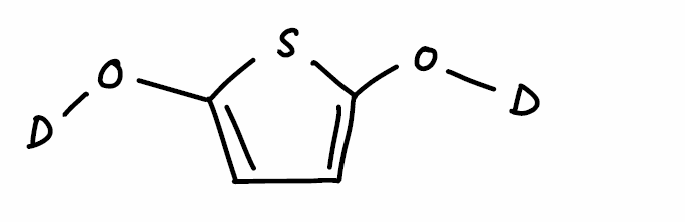
Simplified molecular-input line-entry system (SMILES) notation of the given molecule:
[2H]OC1=CC=C(S1)O[2H]